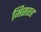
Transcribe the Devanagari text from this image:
मिसरह